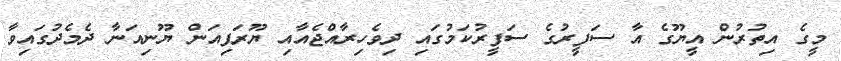
މީގެ އިތުރުން އީޔޫގެ އާ ސަފީރުގެ ސަފީރުކަމުގައި ދިވެހިރާއްޖެއާއި ޔޫރަޕިއަން ޔޫނިއަނާ ދެމެދުގައިވާ